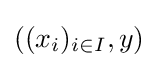
((x_{i})_{i\in I},y)